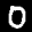
Label: 0